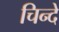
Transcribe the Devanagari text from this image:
चिन्दे